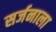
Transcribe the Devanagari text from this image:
सर्जनाला